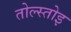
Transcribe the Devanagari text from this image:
तोल्स्तोइ